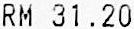
RM 31.20